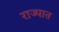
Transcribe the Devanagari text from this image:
राज्पात